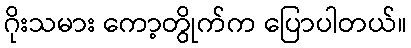
ဂိုးသမား ကော့တွိုက်က ပြောပါတယ်။